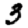
Digit: 3